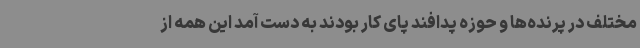
مختلف در پرنده‌ها و حوزه پدافند پای کار بودند به دست آمد این همه از